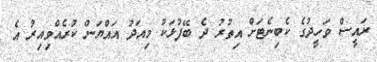
ރައީސް ވަހީދުގެ ކެބިނެޓަށް އިތުރު ދެ ބޭފުޅަކު މިއަދު އައްޔަން ކުރެއްވިއިރު އެ